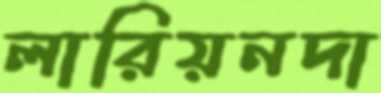
লারিয়নদা